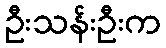
ဦးသန်းဦးက